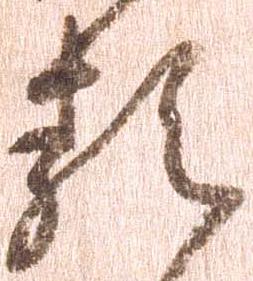
類